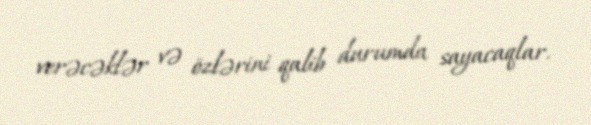
verəcəklər və özlərini qalib durumda sayacaqlar.